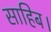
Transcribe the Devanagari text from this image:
साहिब।